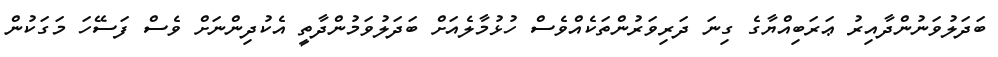
ބަދަލުވަނުންދާއިރު ޢަރަބިއްޔާގެ ގިނަ ދަރިވަރުންތަކެއްވެސް ހުޅުމާލެއަށް ބަދަލުވަމުންދާތީ އެކުދިންނަށް ވެސް ފަސޭހަ މަގަކުން